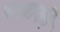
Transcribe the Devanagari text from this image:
कन्नाकी